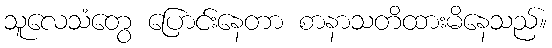
သူလေသံတွေ ပြောင်းနေတာ စာနာသတိထားမိနေသည်။